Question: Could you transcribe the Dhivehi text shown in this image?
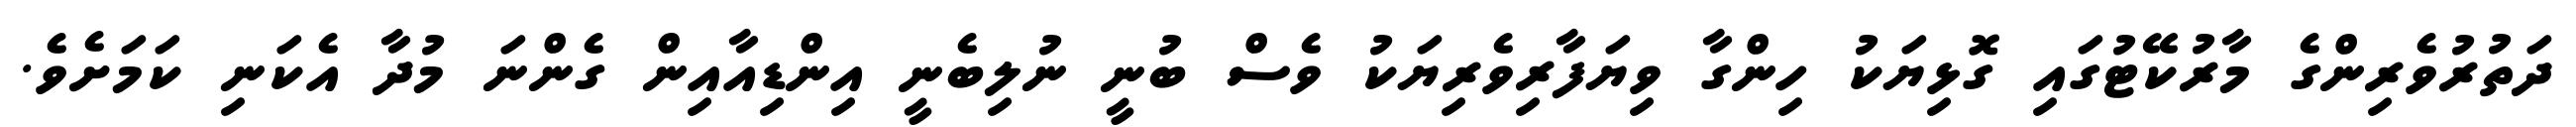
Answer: ދަތުރުވެރިންގެ މާރުކޭޓުގައި ގޮޅިޔަކު ހިންގާ ވިޔަފާރިވެރިޔަކު ވެސް ބުނީ ނުލިބެނީ އިންޑިއާއިން ގެންނަ މުދާ އެކަނި ކަމަށެވެ.